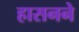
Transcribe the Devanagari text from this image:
हासनने